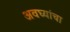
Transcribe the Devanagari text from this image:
अवघ्यांचा